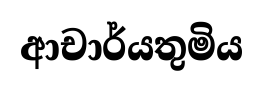
ආචාර්යතුමිය